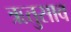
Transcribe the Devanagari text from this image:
ऋतुसाव